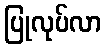
ပြုလုပ်လာ